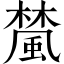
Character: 檒